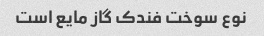
نوع سوخت فندک گاز مایع است